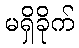
မရှိခိုက်